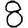
Digit: 8